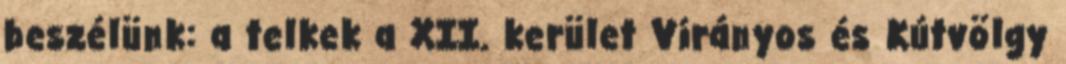
beszélünk: a telkek a XII. kerület Virányos és Kútvölgy